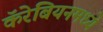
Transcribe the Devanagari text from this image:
कॅरेबियनमध्ये